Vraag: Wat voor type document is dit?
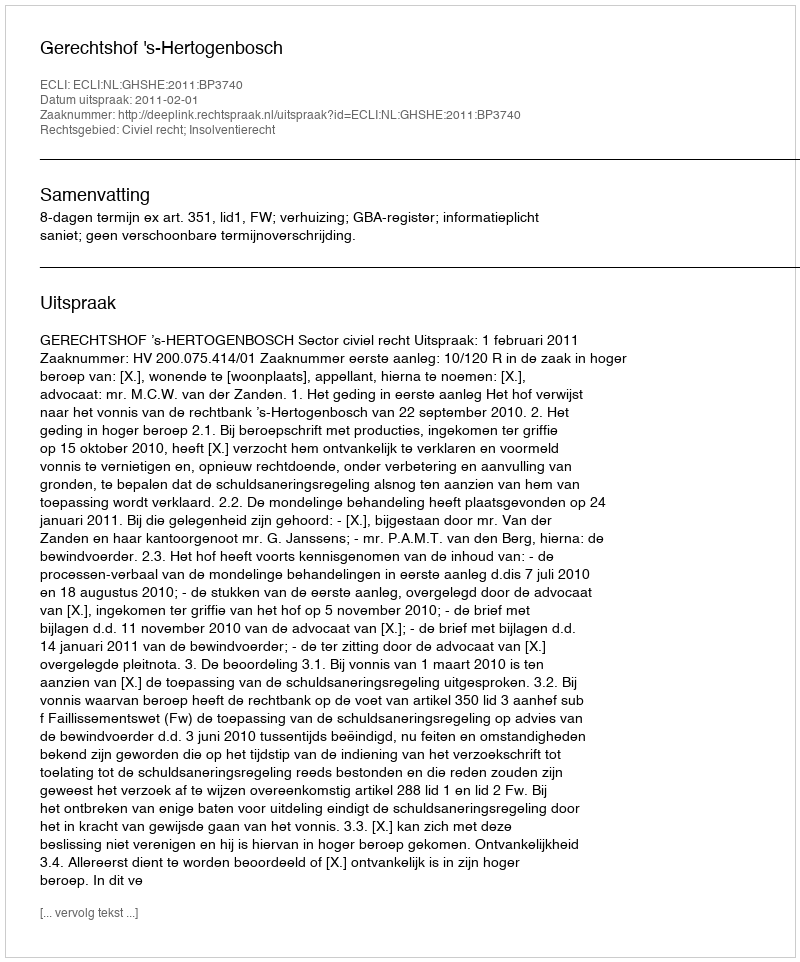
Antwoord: Uitspraak